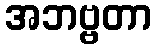
အဘဗ္ဗတာ